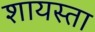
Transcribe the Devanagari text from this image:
शायस्ता